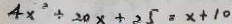
4 x ^ { 2 } \div 2 0 x + 2 5 = x + 1 0